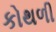
કોથળી